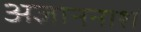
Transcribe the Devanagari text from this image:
अज्ञाननाश